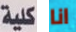
كلية انا